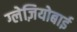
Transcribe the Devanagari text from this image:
ग्लेज़ियोबाई